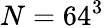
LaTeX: N=64^{3}